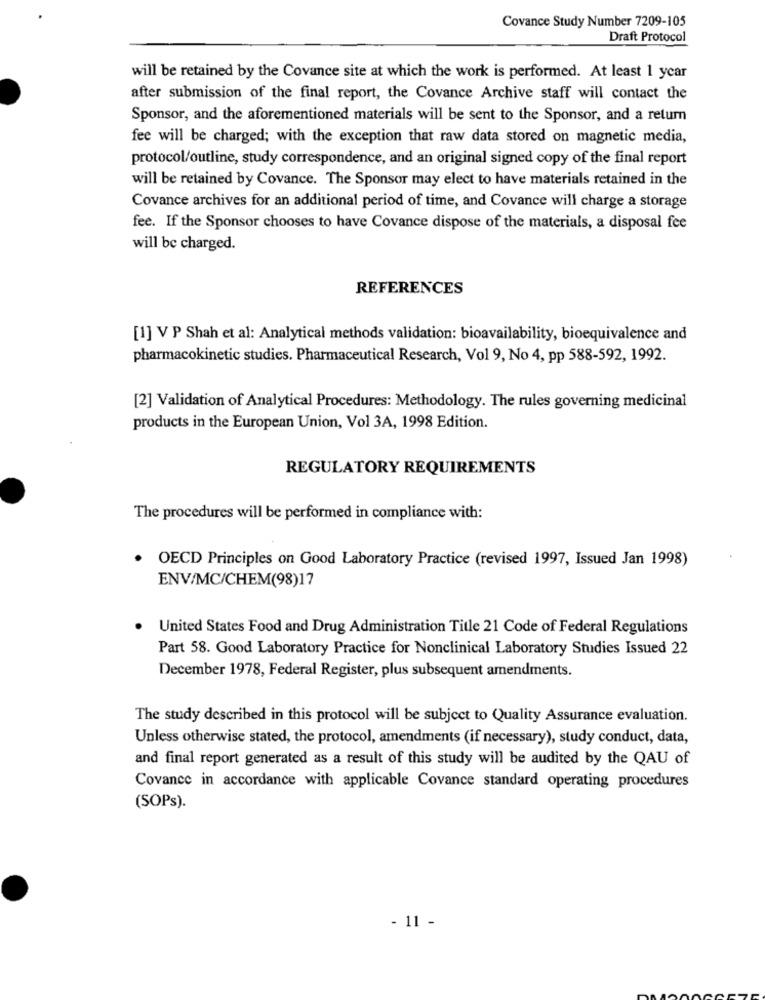
Covance Study Number 7209-105
Draft Protocol
will be retained by the Covance site at which the work is performed. At least 1 year
after submission of the final report, the Covance Archive staff will contact the
Sponsor, and the aforementioned materials will be sent to the Sponsor, and a return
fee will be charged; with the exception that raw data stored on magnetic media,
protocol/outline, study correspondence, and an original signed copy of the final report
will be retained by Covance. The Sponsor may elect to have materials retained in the
Covance archives for an additional period of time, and Covance will charge a storage
fee. If the Sponsor chooses to have Covance dispose of the materials, a disposal fee
will be charged.
REFERENCES
[1] V P Shah et al: Analytical methods validation: bioavailability, bioequivalence and
pharmacokinetic studies. Pharmaceutical Research, Vol 9, No 4, pp 588-592, 1992.
[2] Validation of Analytical Procedures: Methodology. The rules governing medicinal
products in the European Union, Vol 3A, 1998 Edition.
REGULATORY REQUIREMENTS
The procedures will be performed in compliance with:
OECD Principles on Good Laboratory Practice (revised 1997, Issued Jan 1998)
ENV/MC/CHEM(98)17
United States Food and Drug Administration Title 21 Code of Federal Regulations
Part 58. Good Laboratory Practice for Nonclinical Laboratory Studies Issued 22
December 1978, Federal Register, plus subsequent amendments.
The study described in this protocol will be subject to Quality Assurance evaluation.
Unless otherwise stated, the protocol, amendments (if necessary), study conduct, data,
and final report generated as a result of this study will be audited by the QAU of
Covance in accordance with applicable Covance standard operating procedures
(SOPs).
- 11 -